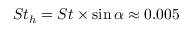
S t _ { h } = S t \times \sin \alpha \approx 0 . 0 0 5